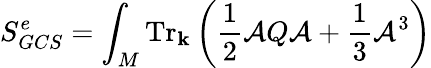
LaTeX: \displaystyle{S_{GCS}^{e}=\int_{M}\mathrm{Tr}_{\mathbf k}\left(\frac{1}{2}{\cal A}Q{\cal A}+\frac{1}{3}{\cal A}^{3}\right)}